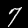
Label: 7